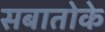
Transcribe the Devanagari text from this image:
सबातोके